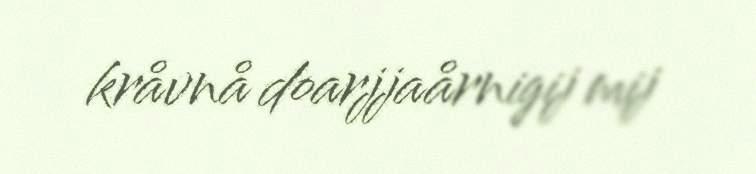
kråvnå doarjjaårnigij mij